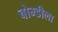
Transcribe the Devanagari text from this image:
बोम्डीला